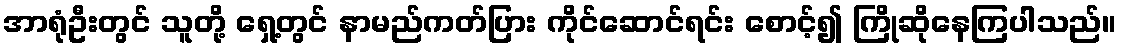
အာရုံဦးတွင် သူတို့ ရှေ့တွင် နာမည်ကတ်ပြား ကိုင်ဆောင်ရင်း စောင့်၍ ကြိုဆိုနေကြပါသည်။